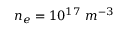
n _ { e } = 1 0 ^ { 1 7 } \ m ^ { - 3 }